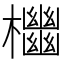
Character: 𣠭